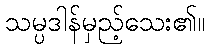
သမ္ပဒါန်မှည့်သေး၏။